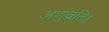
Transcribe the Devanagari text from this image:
अणुव्रति।